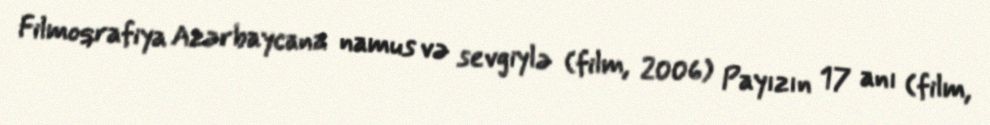
Filmoqrafiya Azərbaycana namus və sevgiylə (film, 2006) Payızın 17 anı (film,